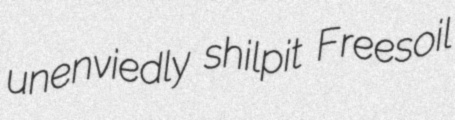
unenviedly shilpit Freesoil